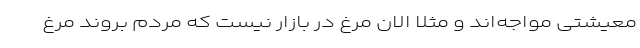
معیشتی مواجه‌اند و مثلا الان مرغ در بازار نیست که مردم بروند مرغ